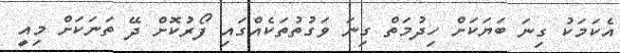
އެކަމަކު ގިނަ ބަޔަކަށް ހިދުމަތް ގިނަ ވަގުތުތަކެއްގައި ފޯރުކޮށް ދޭ ތަނަކަށް މިއީ